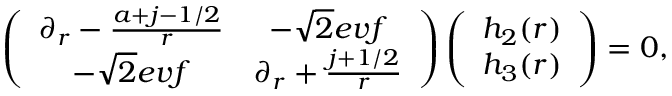
\left( \begin{array} { c c } { { \partial _ { r } - { \frac { a + j - 1 / 2 } { r } } } } & { { - \sqrt { 2 } e v f } } \\ { { - \sqrt { 2 } e v f } } & { { \partial _ { r } + { \frac { j + 1 / 2 } { r } } } } \end{array} \right) \left( \begin{array} { c } { { h _ { 2 } ( r ) } } \\ { { h _ { 3 } ( r ) } } \end{array} \right) = 0 ,